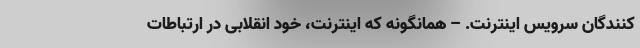
کنندگان سرویس اینترنت. – همانگونه که اینترنت، خود انقلابی در ارتباطات